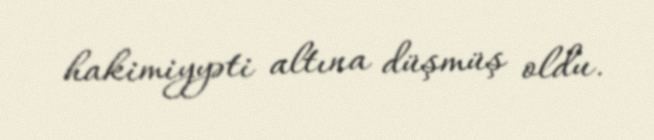
hakimiyyəti altına düşmüş oldu.